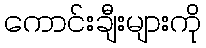
ကောင်းချီးများကို